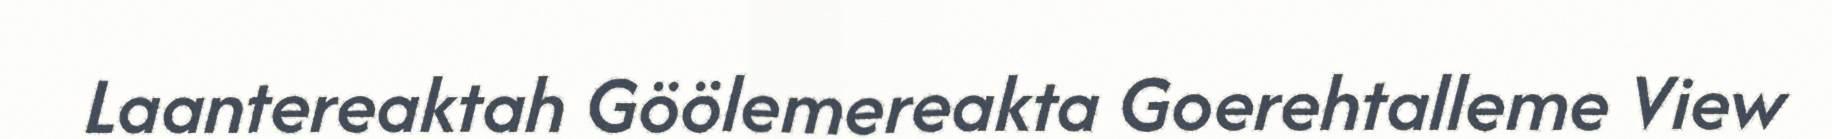
Laantereaktah Göölemereakta Goerehtalleme View